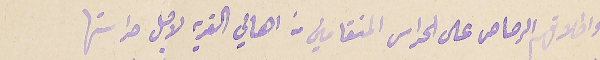
واطلاقهم الرصاص على الحراس المنقامين من اهالي القرية لاجل حراستها